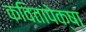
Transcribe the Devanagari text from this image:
कवितांपेक्षा